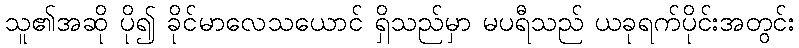
သူ၏အဆို ပို၍ ခိုင်မာလေသယောင် ရှိသည်မှာ မပရီသည် ယခုရက်ပိုင်းအတွင်း